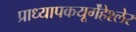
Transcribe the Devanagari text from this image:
प्राध्यापकयूर्गेंहेश्लेर